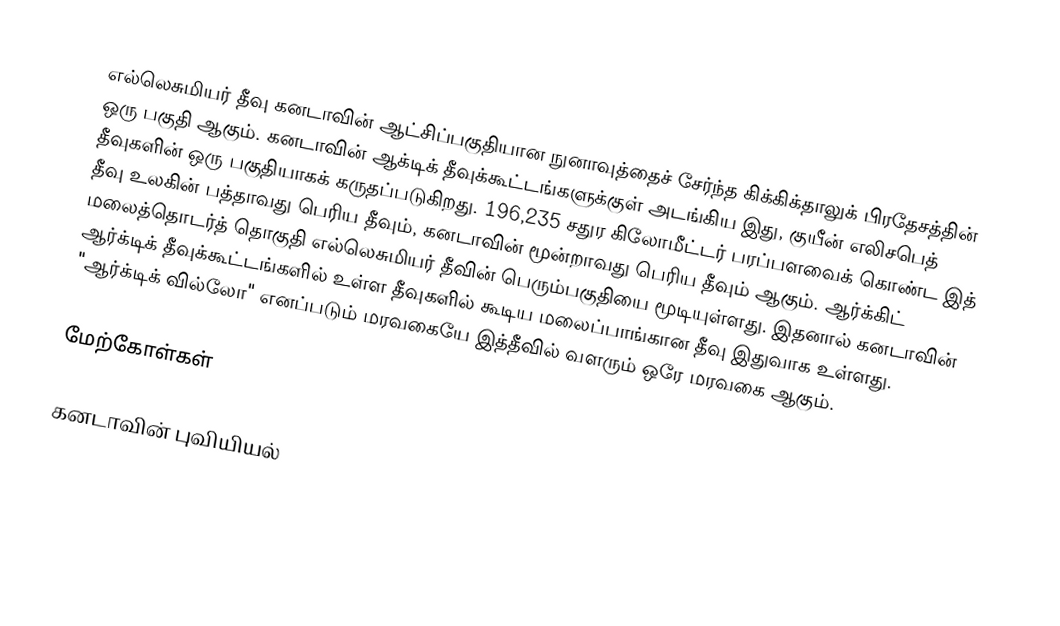
எல்லெசுமியர் தீவு கனடாவின் ஆட்சிப்பகுதியான நுனாவுத்தைச் சேர்ந்த கிக்கிக்தாலுக் பிரதேசத்தின் ஒரு பகுதி ஆகும். கனடாவின் ஆக்டிக் தீவுக்கூட்டங்களுக்குள் அடங்கிய இது, குயீன் எலிசபெத் தீவுகளின் ஒரு பகுதியாகக் கருதப்படுகிறது. 196,235 சதுர கிலோமீட்டர் பரப்பளவைக் கொண்ட இத் தீவு உலகின் பத்தாவது பெரிய தீவும், கனடாவின் மூன்றாவது பெரிய தீவும் ஆகும். ஆர்க்கிட் மலைத்தொடர்த் தொகுதி எல்லெசுமியர் தீவின் பெரும்பகுதியை மூடியுள்ளது. இதனால் கனடாவின் ஆர்க்டிக் தீவுக்கூட்டங்களில் உள்ள தீவுகளில் கூடிய மலைப்பாங்கான தீவு இதுவாக உள்ளது. "ஆர்க்டிக் வில்லோ" எனப்படும் மரவகையே இத்தீவில் வளரும் ஒரே மரவகை ஆகும்.

மேற்கோள்கள்

கனடாவின் புவியியல்